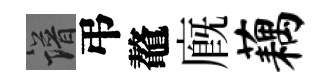
譜弔鼇廐藕